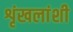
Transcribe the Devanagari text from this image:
शृंखलांशी